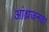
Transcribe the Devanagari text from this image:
आंध्रजनता